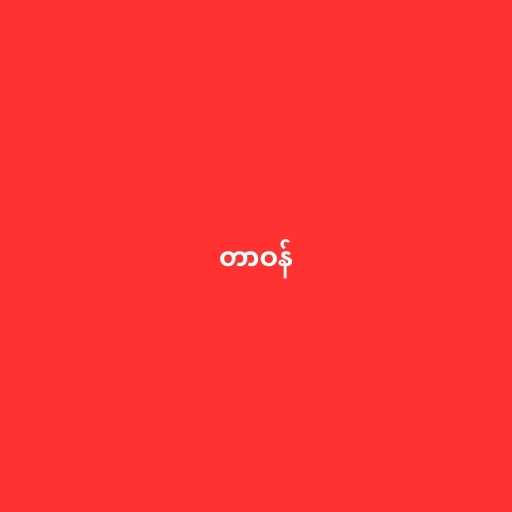
တာဝန်